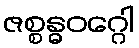
ဇစ္စန္ဓဝဂ္ဂေါ